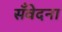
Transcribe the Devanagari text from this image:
सँवेदना